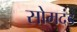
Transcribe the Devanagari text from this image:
सोमदंड